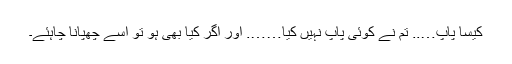
کیسا پاپ….. تم نے کوئی پاپ نہیں کیا……. اور اگر کیا بھی ہو تو اُسے چھپانا چاہئے۔